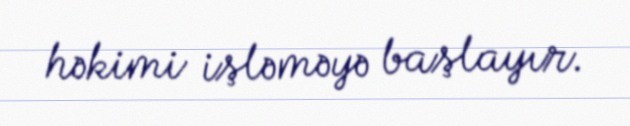
həkimi işləməyə başlayır.